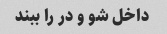
داخل شو و در را ببند